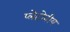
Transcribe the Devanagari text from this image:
प्लेटोनीय